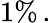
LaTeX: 1\% \, .